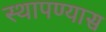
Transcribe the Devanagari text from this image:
स्थापण्यास